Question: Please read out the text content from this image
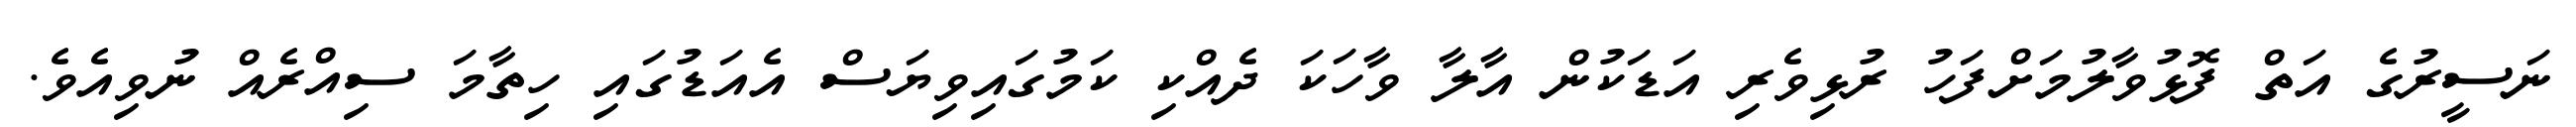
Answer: ނަސީރުގެ އަތް ފޮޅުވާލުމަށްފަހު ރުޅިވެރި އަޑަކުން އާލާ ވާހަކަ ދެއްކި ކަމުގައިވިޔަސް އެއަޑުގައި ހިތާމަ ސިއްރެއް ނުވިއެވެ.